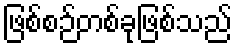
ဖြစ်စဉ်တစ်ခုဖြစ်သည်